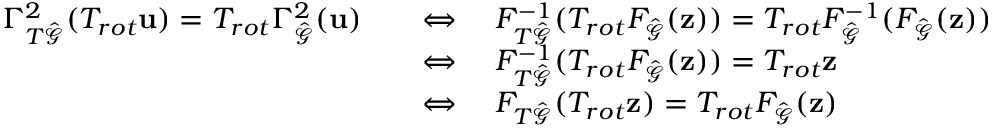
\begin{array} { r l } { \Gamma _ { T \hat { \mathcal { G } } } ^ { 2 } ( T _ { r o t } \mathbf { u } ) = T _ { r o t } \Gamma _ { \hat { \mathcal { G } } } ^ { 2 } ( \mathbf { u } ) } & { \quad \Leftrightarrow \quad F _ { T \hat { \mathcal { G } } } ^ { - 1 } ( T _ { r o t } F _ { \hat { \mathcal { G } } } ( \mathbf { z } ) ) = T _ { r o t } F _ { \hat { \mathcal { G } } } ^ { - 1 } ( F _ { \hat { \mathcal { G } } } ( \mathbf { z } ) ) } \\ & { \quad \Leftrightarrow \quad F _ { T \hat { \mathcal { G } } } ^ { - 1 } ( T _ { r o t } F _ { \hat { \mathcal { G } } } ( \mathbf { z } ) ) = T _ { r o t } \mathbf { z } } \\ & { \quad \Leftrightarrow \quad F _ { T \hat { \mathcal { G } } } ( T _ { r o t } \mathbf { z } ) = T _ { r o t } F _ { \hat { \mathcal { G } } } ( \mathbf { z } ) } \end{array}